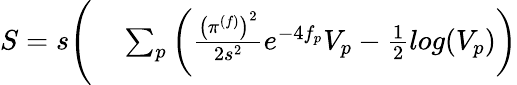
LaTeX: \begin{array}{rl}{S=s\Bigg(}&{{}\sum_{p}\left(\frac{\left(\pi^{(f)}\right)^{2}}{2s^{2}}e^{-4f_{p}}V_{p}-\frac{1}{2}log(V_{p})\right)}\end{array}